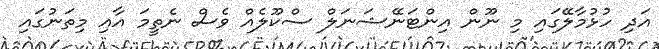
އަދި ހުޅުމާލޭގައި މި ނޫން އިންޓަނޭޝަނަލް ސްކޫލެއް ވެސް ނެތީމަ އާއި މިތަނުގައި